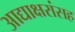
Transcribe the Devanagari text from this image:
आद्याक्षरांसह